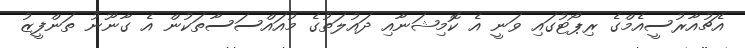
އެޗުއާރުސީއެމްގެ ރިޕޯޓުގައި ވަނީ އެ ކޮމިޝަނާއި ދައުލަތުގެ މުއައްސަސާތަކުން އެ ގާނޫނު ތަންފީޒު